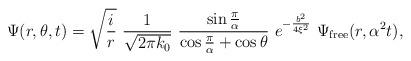
LaTeX: \begin{align*}\Psi(r,\theta,t)=\sqrt{{i \over r}}\,\,{1\over\sqrt{2\pi k_0}}\,\,{\sin{\pi\over\alpha}\over\cos{\pi\over\alpha}+\cos\theta}\,\,e^{-{b^2\over4\xi^2}}\,\,\Psi_{{\rm{free}}}(r,\alpha^2 t),\end{align*}